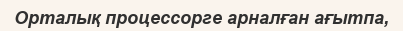
Орталық процессорге арналған ағытпа,